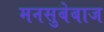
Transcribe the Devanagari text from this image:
मनसुबेबाज